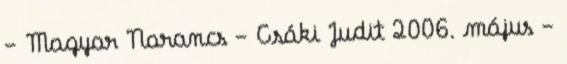
- Magyar Narancs - Csáki Judit 2006. május -